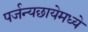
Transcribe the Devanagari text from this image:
पर्जन्यछायेमध्ये